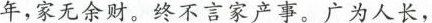
年，家无余财。终不言家产事。广为人长，